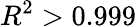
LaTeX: R^{2}>0.999